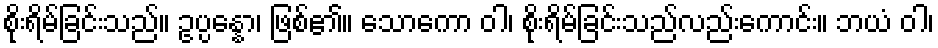
စိုးရိမ်ခြင်းသည်။ ဥပ္ပန္နော၊ ဖြစ်၏။ သောကော ဝါ၊ စိုးရိမ်ခြင်းသည်လည်းကောင်း။ ဘယံ ဝါ၊